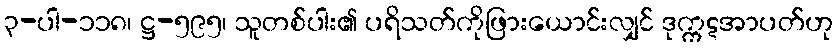
၃-ပါ-၁၁၈၊ ဋ္ဌ-၅၉၅၊ သူတစ်ပါး၏ ပရိသတ်ကိုဖြားယောင်းလျှင် ဒုက္ကဋအာပတ်ဟု